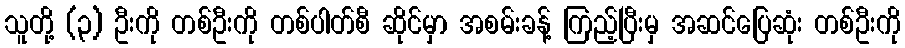
သူတို့ (၃) ဦးကို တစ်ဦးကို တစ်ပါတ်စီ ဆိုင်မှာ အစမ်းခန့် ကြည့်ပြီးမှ အဆင်ပြေဆုံး တစ်ဦးကို